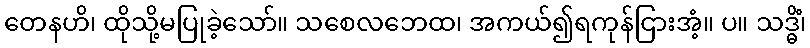
တေနဟိ၊ ထိုသို့မပြုခဲ့သော်။ သစေလဘေထ၊ အကယ်၍ရကုန်ငြားအံ့။ ပ။ သဒ္ဓိံ၊